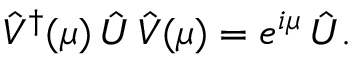
\hat { V } ^ { \dagger } ( \mu ) \, \hat { U } \, \hat { V } ( \mu ) = e ^ { i \mu } \, \hat { U } .